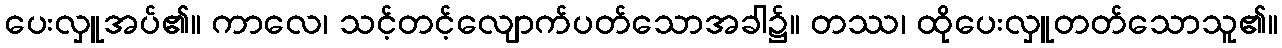
ပေးလှူအပ်၏။ ကာလေ၊ သင့်တင့်လျောက်ပတ်သောအခါ၌။ တဿ၊ ထိုပေးလှူတတ်သောသူ၏။